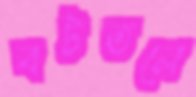
বটতলে